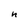
Character: n